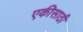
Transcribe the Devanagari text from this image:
एकीसाठी